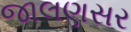
જાલણસર